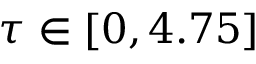
\tau \in [ 0 , 4 . 7 5 ]